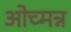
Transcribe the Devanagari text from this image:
ओच्मन्न